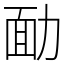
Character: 勔